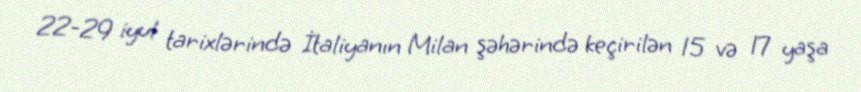
22-29 iyul tarixlərində İtaliyanın Milan şəhərində keçirilən 15 və 17 yaşa